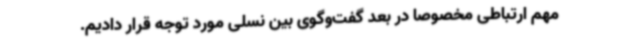
مهم ارتباطی مخصوصا در بعد گفت‌وگوی بین نسلی مورد توجه قرار دادیم.